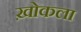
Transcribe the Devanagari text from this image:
ख़ोकला